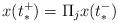
LaTeX: \begin{align*}x(t_*^+)= \Pi_j x(t_*^-)\end{align*}